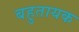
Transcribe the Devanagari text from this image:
बहुतायक